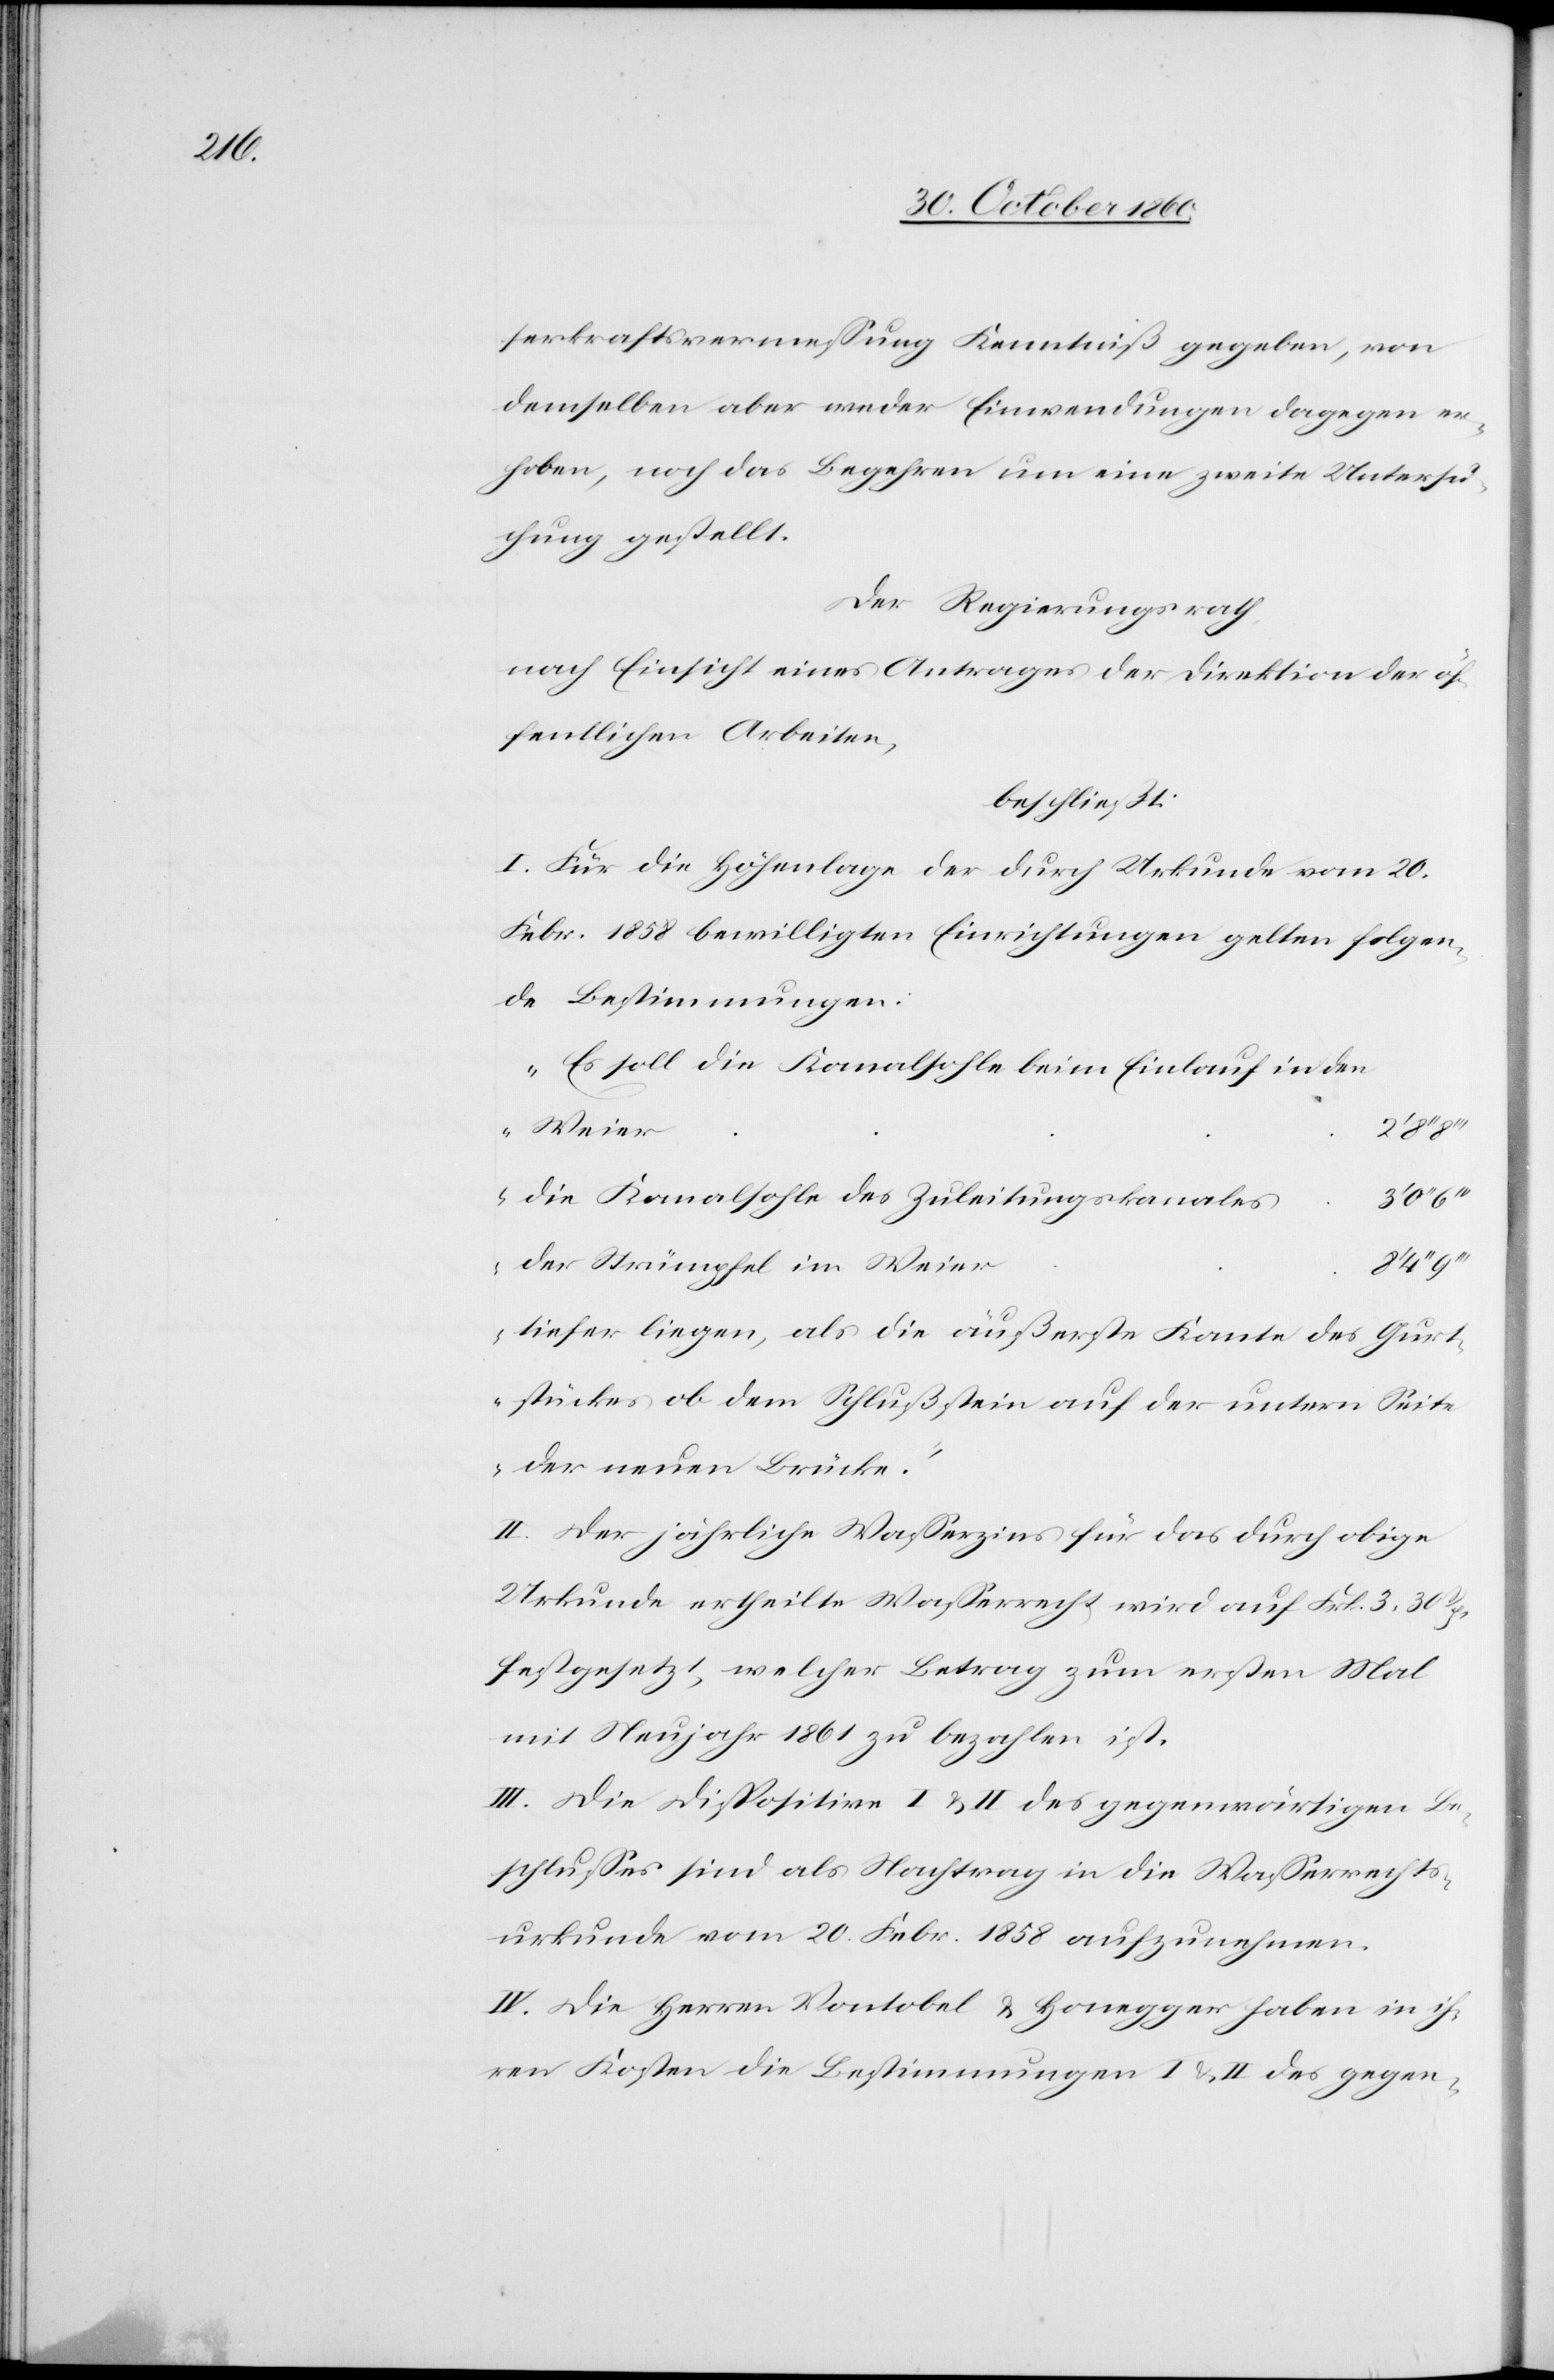
serkraftvermessung Kenntniß gegeben, von
demselben aber weder Einwendungen dagegen er¬
hoben, noch das Begehren um einen zweite Untersu¬
chung gestellt.
Der Regierungsrath
nach Einsicht eines Antrages der Direktion der öf¬
fentlichen Arbeiten,
beschließt:
I. Für die Höhenlage der durch Urkunde vom 20.
Febr. 1858 bewilligten Einrichtungen gelten folgen¬
de Bestimmungen:
„Es soll die Kanalsohle beim Einlauf in den
r					8’
Die Kanalsohle des Zuleitungskanale¬
der Strümpfel im Weie¬
tiefer liegen, als die äußerste Kante des Gurt¬
stückes ob dem Schlußstein auf der untern Seite
der neuen Brücke.“
II. Der jährliche Wasserzins für das durch obige
Urkunde ertheilte Wasserrecht wird auf Frk. 330 Rp.
festgesetzt, welcher Betrag zum ersten Mal
mit Neujahr 1861 zu bezahlen ist.
III. Die Dispositive I u. II des gegenwärtigen Be¬
schlusses sind als Nachtrag in die Wasserrechtsk¬
urkunde vom 20. Febr. 1858 aufzunehmen.
IV. Die Herren Vontobel u. Honegger haben in ih¬
ren Kosten die Bestimmungen I u. II des gegen-